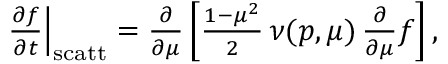
\begin{array} { r } { \left. \frac { \partial f } { \partial t } \right\vert _ { \mathrm { s c a t t } } = \frac { \partial } { \partial \mu } \left[ \frac { 1 - \mu ^ { 2 } } { 2 } \, \nu ( p , \mu ) \, \frac { \partial } { \partial \mu } f \right] , } \end{array}